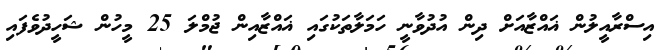
އިސްރާއީލުން ޣައްޒާއަށް ދިން އުދުވާނީ ހަމަލާތަކުގައި ޣައްޒާއިން ޖުމްލަ 25 މީހުން ޝަހީދުވެފައި